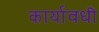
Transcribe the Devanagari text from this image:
कार्यावधी